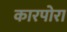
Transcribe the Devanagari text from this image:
कारपोरा